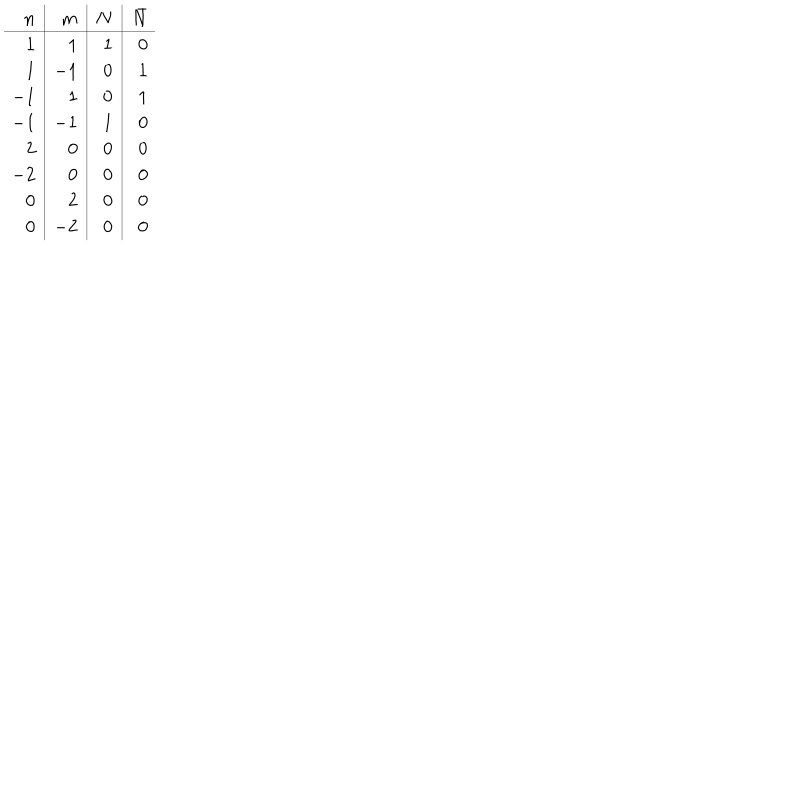
\begin{array} { r | r | r | r } { { n } } & { { m } } & { { N } } & { { \bar { N } } } \\ \hline { { 1 } } & { { 1 } } & { { 1 } } & { { 0 } } \\ { { 1 } } & { { - 1 } } & { { 0 } } & { { 1 } } \\ { { - 1 } } & { { 1 } } & { { 0 } } & { { 1 } } \\ { { - 1 } } & { { - 1 } } & { { 1 } } & { { 0 } } \\ { { 2 } } & { { 0 } } & { { 0 } } & { { 0 } } \\ { { - 2 } } & { { 0 } } & { { 0 } } & { { 0 } } \\ { { 0 } } & { { 2 } } & { { 0 } } & { { 0 } } \\ { { 0 } } & { { - 2 } } & { { 0 } } & { { 0 } } \\ \end{array}